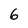
Character: 6